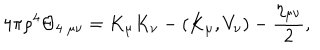
4 \pi \rho ^ { 4 } \Theta _ { 4 \; \mu \nu } = K _ { \mu } K _ { \nu } - ( K _ { \mu } , V _ { \nu } ) - \frac { \eta _ { \mu \nu } } { 2 } ,